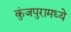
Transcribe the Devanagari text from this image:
कुंजपुरामध्ये